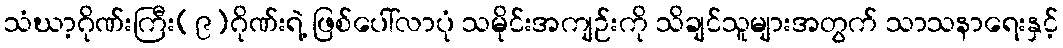
သံဃာ့ဂိုဏ်းကြီး(၉)ဂိုဏ်းရဲ့ ဖြစ်ပေါ်လာပုံ သမိုင်းအကျဉ်းကို သိချင်သူများအတွက် သာသနာရေးနှင့်